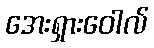
အေးရှားဝေါလ်